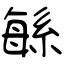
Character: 緐